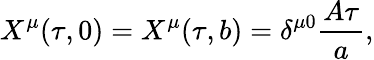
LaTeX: X^{\mu}(\tau,0)=X^{\mu}(\tau,b)=\delta^{\mu 0}{\frac{A\tau}{a}},